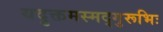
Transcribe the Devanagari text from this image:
यदुक्तमस्मद्गुरूभिः